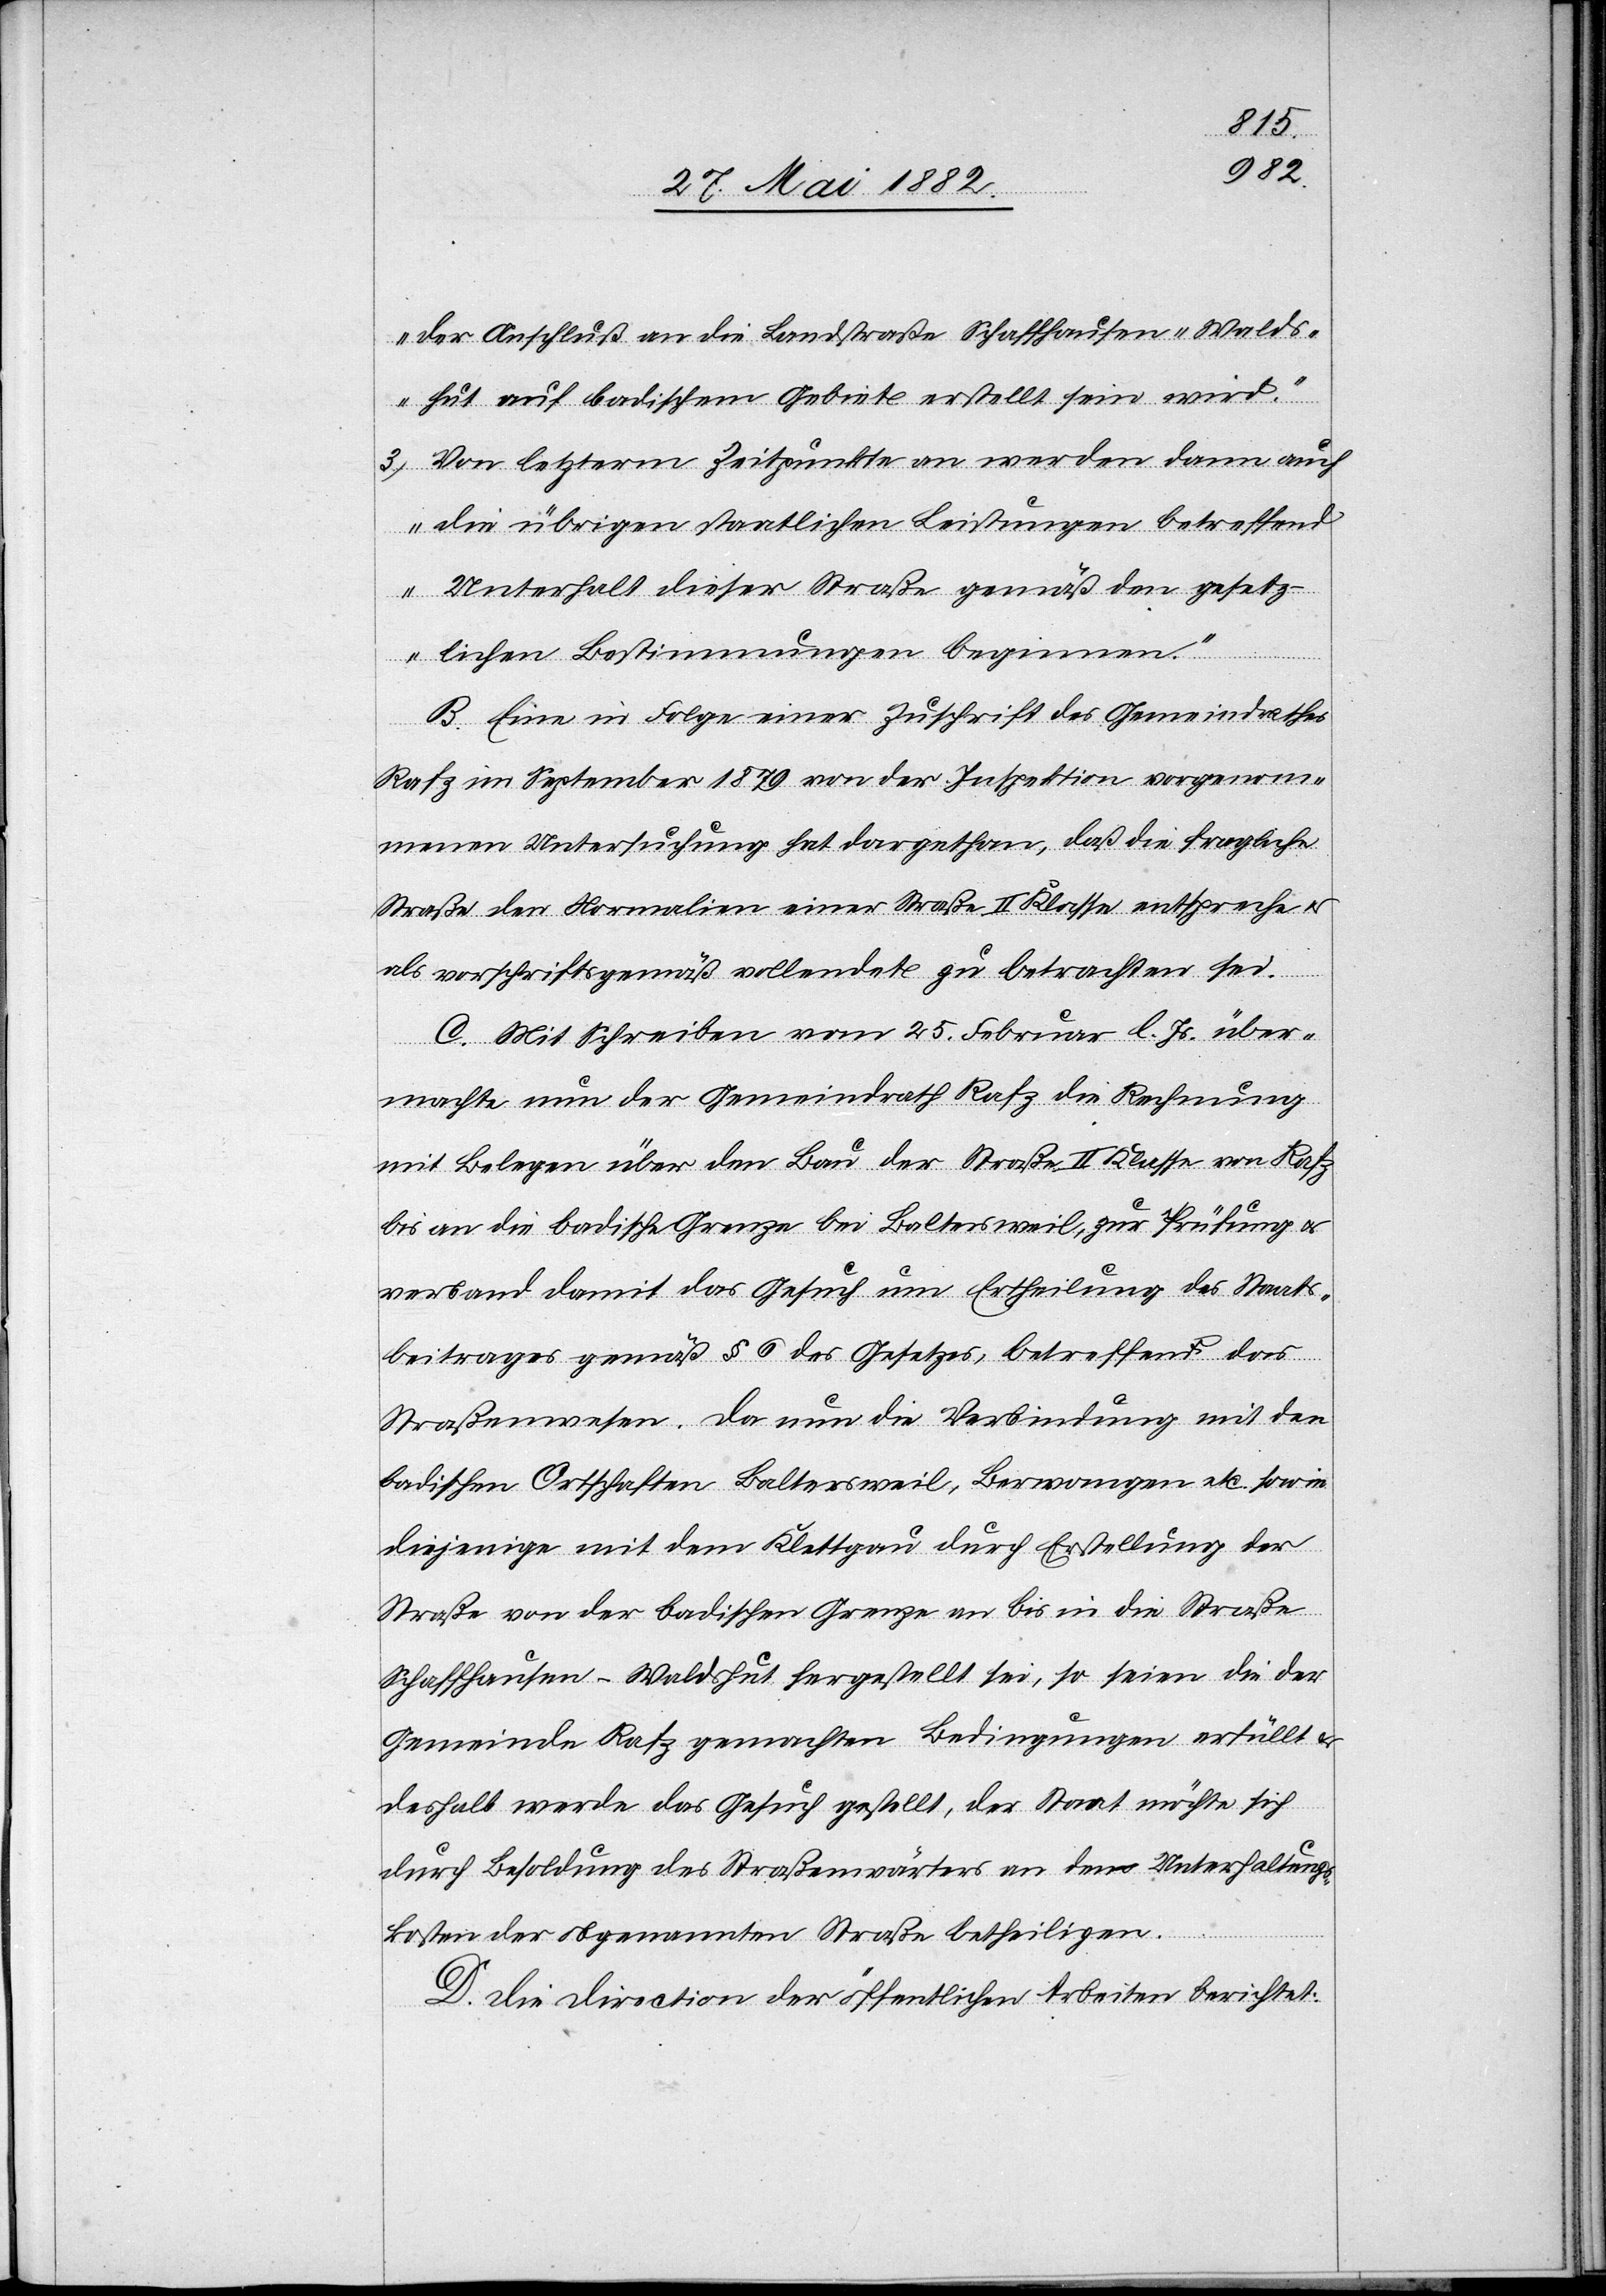
der Anschluß an die Landstraße Schaffhausen–Walds¬
hut auf badischem Gebiete erstellt sein wird.
3. Von letzterm Zeitpunkte an werden dann auch
die übrigen staatlichen Leistungen betreffend
Unterhalt dieser Straße gemäß den gesetz¬
lichen Bestimmungen beginnen.“
B. Eine in Folge einer Zuschrift des Gemeindrathes
Rafz im September 1879 von der Inspektion vorgenom¬
mene Untersuchung hat dargethan, daß die fragliche
Straße den Normalien einer Straße II. Klasse entspreche u.
als vorschriftsgemäß vollendet zu betrachten sei.
C. Mit Schreiben vom 25. Februar l. Js. über¬
machte nun der Gemeindrath Rafz die Rechnung
mit Belegen über den Bau der Straße II. Klasse von Rafz
bis an die badische Grenze bei Baltersweil, zur Prüfung u.
verband damit das Gesuch um Ertheilung des Staats¬
beitrages gemäß § 6 des Gesetzes, betreffend das
Straßenwesen. Da nun die Verbindung mit den
badischen Ortschaften Baltersweil, Berwangen etc. sowie
diejenige mit dem Klettgau durch Erstellung der
Straße von der badischen Grenze an bis in die Straße
Schaffhausen–Waldshut hergestellt sei, so seien die der
Gemeinde Rafz gemachten Bedingungen erfüllt &
deshalb werde das Gesuch gestellt, der Staat möchte sich
durch Besoldung des Straßenwärters an den Unterhaltungs¬
kosten der obgenannten Straße betheiligen.
D. Die Direction der öffentlichen Arbeiten berichtet: